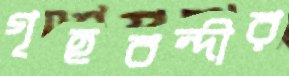
গৃহবন্দীর